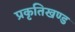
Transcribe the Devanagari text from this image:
प्रकृतिखण्ड